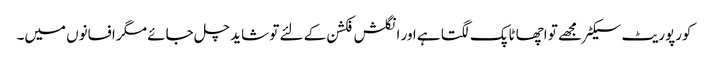
کورپوریٹ سیکٹر مجھے تو اچھا ٹاپک لگتا ہے اور انگلش فکشن کے لئے تو شاید چل جائے مگر افسانوں میں۔